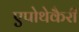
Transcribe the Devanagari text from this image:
एपोथेकैरी